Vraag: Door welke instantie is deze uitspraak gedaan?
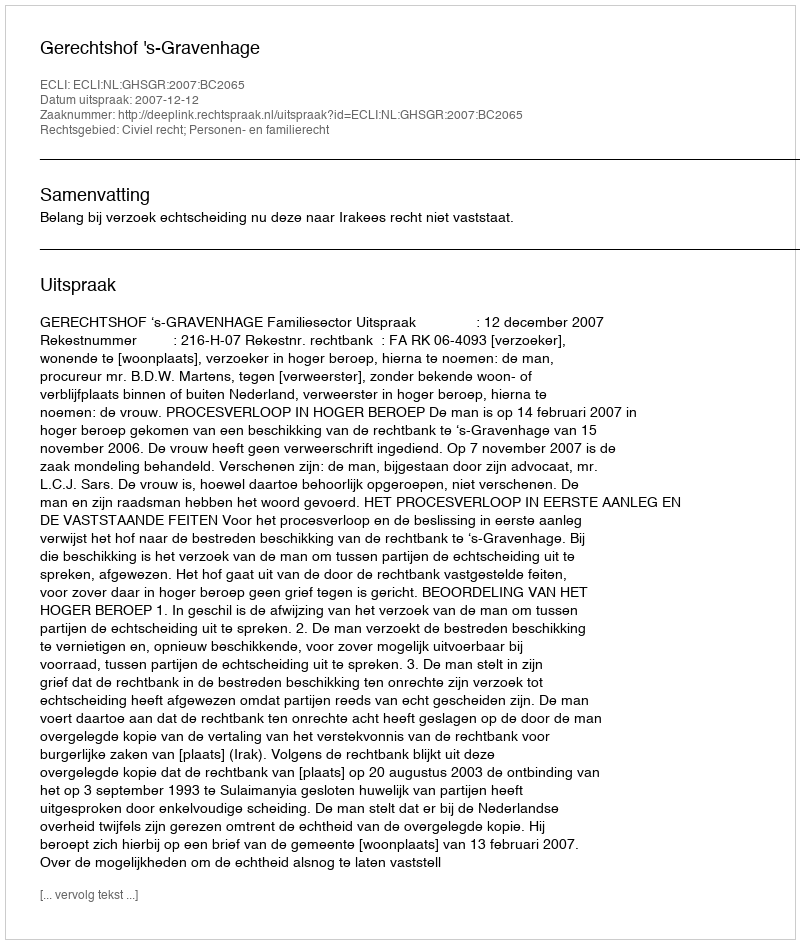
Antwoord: Gerechtshof 's-Gravenhage